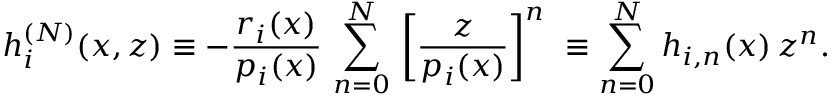
h _ { i } ^ { ( N ) } ( x , z ) \equiv - \frac { r _ { i } ( x ) } { p _ { i } ( x ) } \, \sum _ { n = 0 } ^ { N } \, { \left[ \frac { z } { p _ { i } ( x ) } \right] } ^ { n } \ \equiv \sum _ { n = 0 } ^ { N } h _ { i , n } ( x ) \, z ^ { n } .